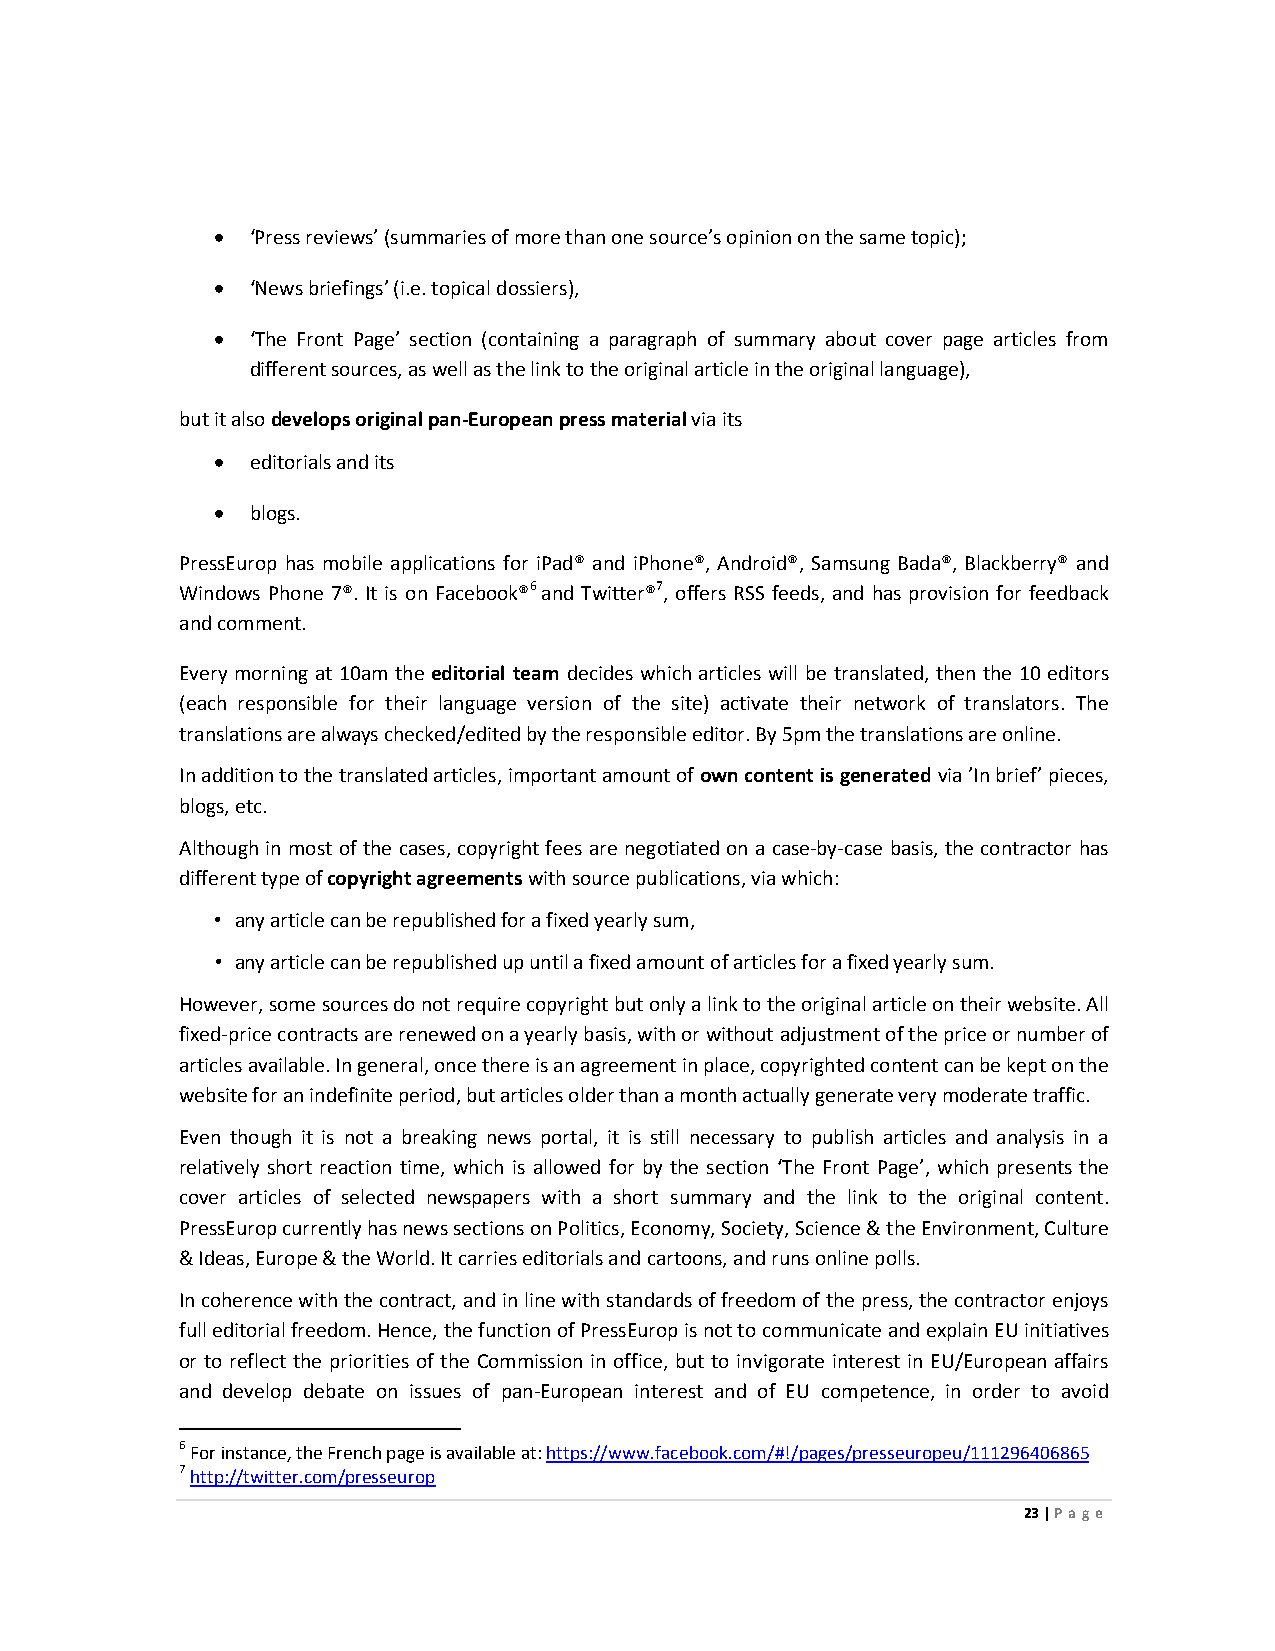
•  ‘Press reviews’ (summaries of more than one source’s opinion on the same topic);
 •  ‘News briefings’ (i.e. topical dossiers),
 •  ‘The Front Page’ section (containing a paragraph of summary about cover page articles from
 different sources, as well as the link to the original article in the original language),
 but it also develops original pan-European press material via its
 •  editorials and its
 •  blogs.
 PressEurop has mobile applications for iPad® and iPhone®, Android®, Samsung Bada®, Blackberry® and
 Windows Phone 7®. It is on Facebook®6 and Twitter®7, offers RSS feeds, and has provision for feedback
 and comment.
 Every morning at 10am the editorial team decides which articles will be translated, then the 10 editors
 (each responsible for their language version of the site) activate their network of translators. The
 translations are always checked/edited by the responsible editor. By 5pm the translations are online.
 In addition to the translated articles, important amount of own content is generated via ’In brief’ pieces,
 blogs, etc.
 Although in most of the cases, copyright fees are negotiated on a case-by-case basis, the contractor has
 different type of copyright agreements with source publications, via which:
 • any article can be republished for a fixed yearly sum,
 • any article can be republished up until a fixed amount of articles for a fixed yearly sum.
 However, some sources do not require copyright but only a link to the original article on their website. All
 fixed-price contracts are renewed on a yearly basis, with or without adjustment of the price or number of
 articles available. In general, once there is an agreement in place, copyrighted content can be kept on the
 website for an indefinite period, but articles older than a month actually generate very moderate traffic.
 Even though it is not a breaking news portal, it is still necessary to publish articles and analysis in a
 relatively short reaction time, which is allowed for by the section ‘The Front Page’, which presents the
 cover articles of selected newspapers with a short summary and the link to the original content.
 PressEurop currently has news sections on Politics, Economy, Society, Science & the Environment, Culture
 & Ideas, Europe & the World. It carries editorials and cartoons, and runs online polls.
 In coherence with the contract, and in line with standards of freedom of the press, the contractor enjoys
 full editorial freedom. Hence, the function of PressEurop is not to communicate and explain EU initiatives
 or to reflect the priorities of the Commission in office, but to invigorate interest in EU/European affairs
 and develop debate on issues of pan-European interest and of EU competence, in order to avoid
 6 For instance, the French page is available at: https://www.facebook.com/#!/pages/presseuropeu/111296406865
 7 http://twitter.com/presseurop
 23 | Page